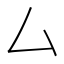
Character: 厶